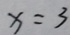
x = 3